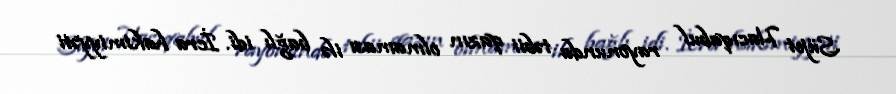
Süjet Hacıqabul rayonunda təbii qazın olmaması ilə bağlı idi. İcra hakimiyyəti